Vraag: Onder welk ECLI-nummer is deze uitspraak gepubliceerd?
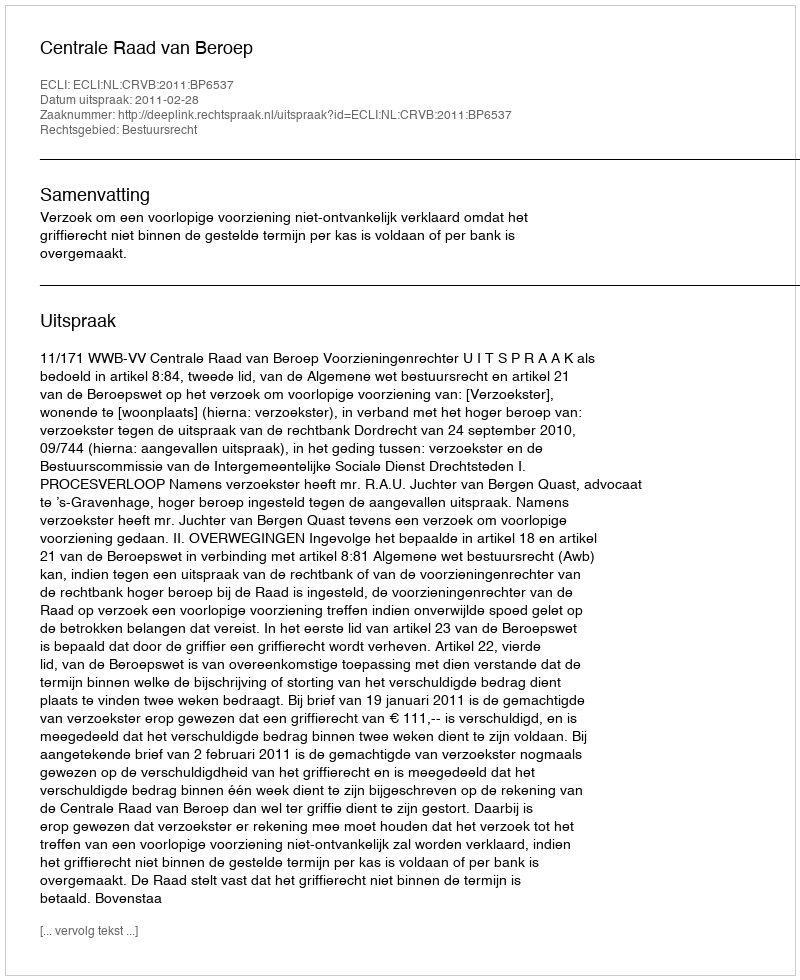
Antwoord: ECLI:NL:CRVB:2011:BP6537